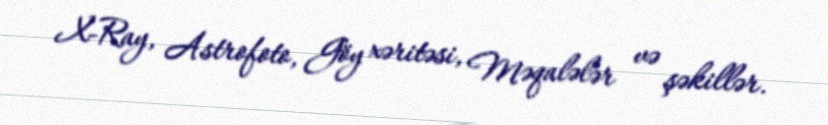
X-Ray, Astrofoto, Göy xəritəsi, Məqalələr və şəkillər.